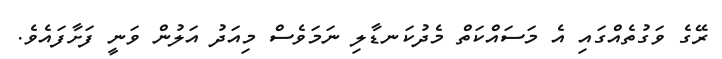
ރޭގެ ވަގުތެއްގައި އެ މަސައްކަތް މެދުކަނޑާލި ނަމަވެސް މިއަދު އަލުން ވަނީ ފަށާފައެވެ.